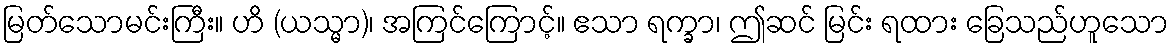
မြတ်သောမင်းကြီး။ ဟိ (ယသ္မာ)၊ အကြင်ကြောင့်။ ဧသာ ရက္ခာ၊ ဤဆင် မြင်း ရထား ခြေသည်ဟူသော